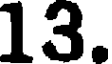
13.